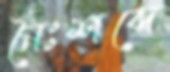
নৈঃশব্দে